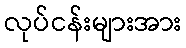
လုပ်ငန်းများအား